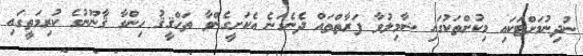
ނުދިނުމަށްޓަކައި މިކުށްތަކުގައި ޝާމިލުވާ ފަރާތްތައް ދެނެގަނެ އެކަށީގެންވާ ތަހްޤީޤު ހިންގާ ޤާނޫނުގެ ކުރިމަތީގައި